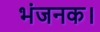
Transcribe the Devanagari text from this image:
भंजनक।